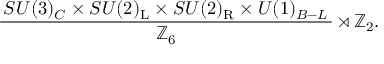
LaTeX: { \frac { \, S U ( 3 ) _ { C } \times S U ( 2 ) _ { \mathrm { { L } } } \times S U ( 2 ) _ { \mathrm { { R } } } \times U ( 1 ) _ { B - L } \, } { \mathbb { Z } _ { 6 } } } \rtimes \mathbb { Z } _ { 2 } .